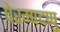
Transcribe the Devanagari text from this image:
पेरम्पदप्पु